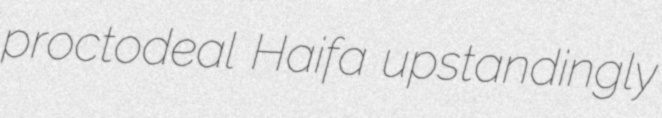
proctodeal Haifa upstandingly